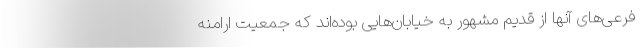
فرعی‌های آنها از قدیم مشهور به خیابان‌هایی بوده‌اند که جمعیت ارامنه